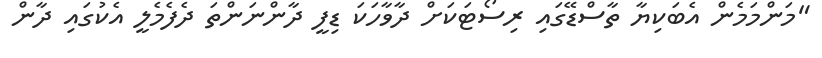
"މަންމަމެން އެބަކިޔާ ތާސްޑޭގައި ރިސޯޓަކަށް ދާވާހަކަ ޑިފީ ދާންނަންތަ ދެފެމެލީ އެކުގައި ދާން